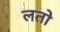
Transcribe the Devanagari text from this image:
लतो